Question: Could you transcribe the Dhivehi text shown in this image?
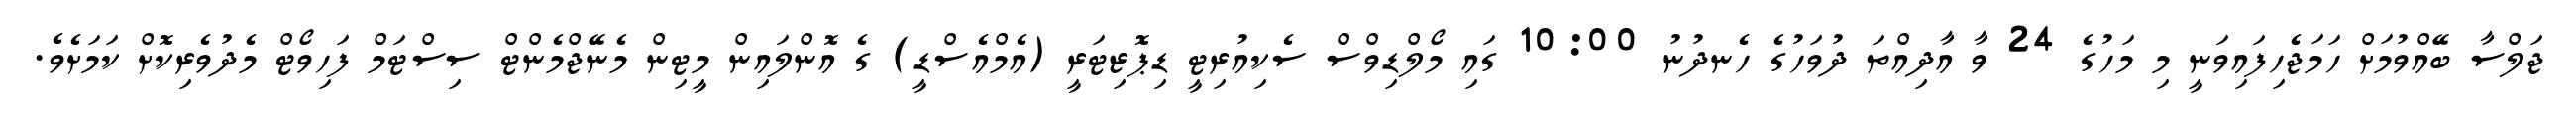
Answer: ޖަލްސާ ބޭއްވުމަށް ހަމަޖެހިފައިވަނީ މި މަހުގެ 24 ވާ އާދިއްތަ ދުވަހުގެ ހެނދުނު 10:00 ގައި މޯލްޑިވްސް ސެކިއުރިޓީ ޑިޕޮޒިޓަރީ (އެމްއެސްޑީ) ގެ އޮންލައިން މީޓިން މެނޭޖްމެންޓް ސިސްޓަމް ފަހިވޯޓް މެދުވެރިކޮށް ކަމަށެވެ.